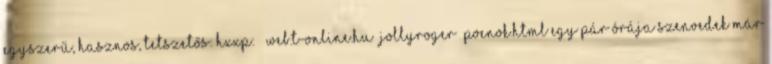
Egyszerű, hasznos, tetszetős: hxxp: web.t-online.hu jollyroger poenok.html Egy pár órája szenvedek már